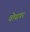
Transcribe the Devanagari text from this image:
वोयागर